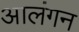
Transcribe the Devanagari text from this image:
आलंगन